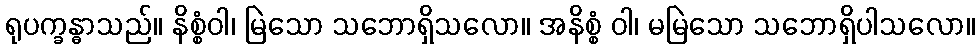
ရုပက္ခန္ဓာသည်။ နိစ္စံဝါ၊ မြဲသော သဘောရှိသလော။ အနိစ္စံ ဝါ၊ မမြဲသော သဘောရှိပါသလော။